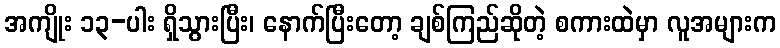
အကျိုး ၁၃-ပါး ရှိသွားပြီး၊ နောက်ပြီးတော့ ချစ်ကြည်ဆိုတဲ့ စကားထဲမှာ လူအများက